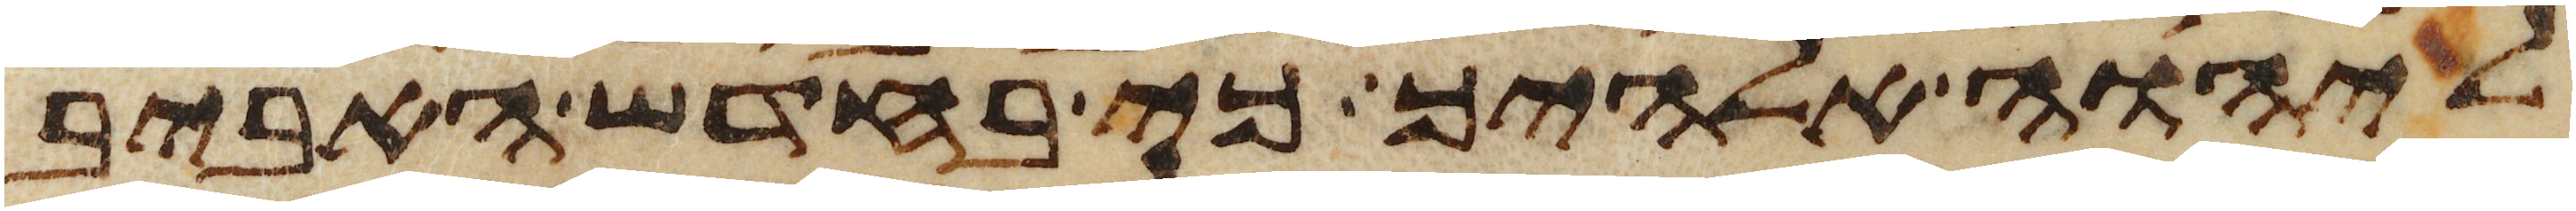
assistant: ליהוה אלהיך כי בחדש האביב